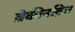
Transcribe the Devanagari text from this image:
ब्रेकीनब्रिज